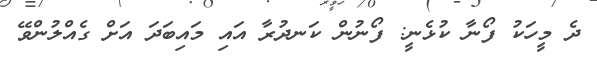
ދެ މީހަކު ފޯނާ ކުޅެނީ: ފޯނުން ކަނދުރާ އައި މައިބަދަ އަށް ގެއްލުންވޭ